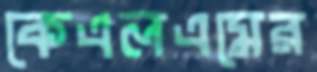
কেএলএমের